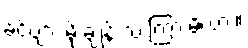
ခင်ဗျား မိုးချုန်းသံ ကြားမိလား။